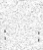
:         :